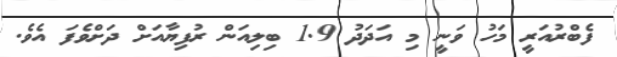
ފެބްރުއަރީ މަހު ވަނީ މި އަދަދު 1.9 ބިލިއަން ރުފިޔާއަށް ދަށްވެފަ އެވެ.